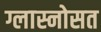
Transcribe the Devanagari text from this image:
ग्लास्नोसत